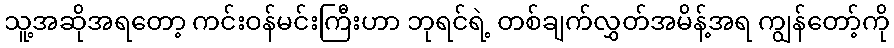
သူ့အဆိုအရတော့ ကင်းဝန်မင်းကြီးဟာ ဘုရင်ရဲ့ တစ်ချက်လွှတ်အမိန့်အရ ကျွန်တော့်ကို